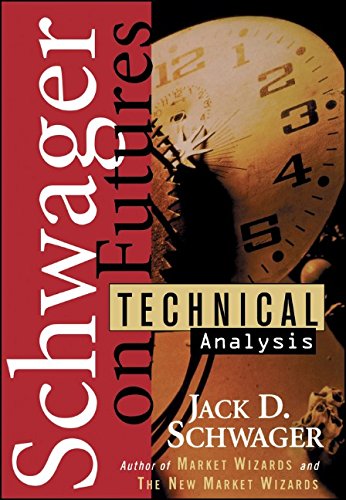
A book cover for Schwager on Futures: Technical Analysis; Jack D. Schwager; Business & Money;